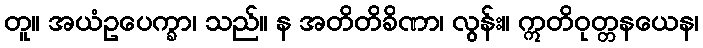
တူ။ အယံဥပေက္ခာ၊ သည်။ န အတိတိခိဏာ၊ လွန်း။ ဣတိဝုတ္တနယေန၊